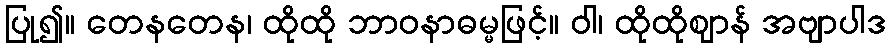
ပြု၍။ တေနတေန၊ ထိုထို ဘာဝနာဓမ္မဖြင့်။ ဝါ၊ ထိုထိုဈာန် အဗျာပါဒ